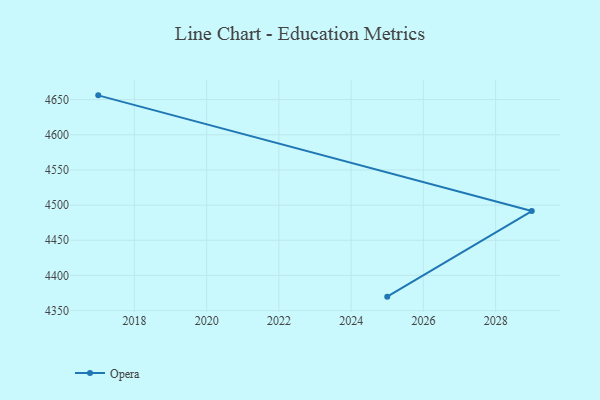
{"axis": {"x": "Year", "y": "Market Share (%)"}, "legend": ["Opera"], "data": [{"x": "2017", "y": 4656.1, "type": "Opera"}, {"x": "2029", "y": 4491.5, "type": "Opera"}, {"x": "2025", "y": 4369.8, "type": "Opera"}]}